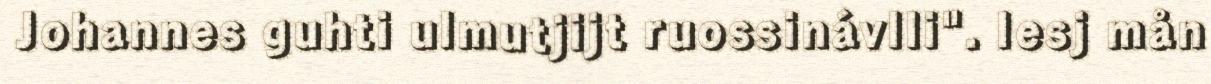
Johannes guhti ulmutjijt ruossinávlli". Iesj mån